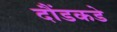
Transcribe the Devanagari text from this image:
दौंडकडे